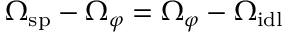
\Omega _ { \mathrm { s p } } - \Omega _ { \varphi } = \Omega _ { \varphi } - \Omega _ { \mathrm { i d l } }